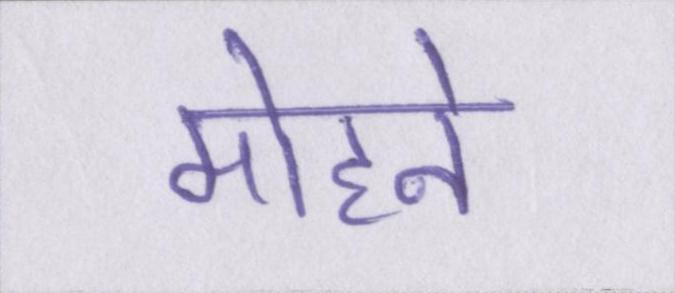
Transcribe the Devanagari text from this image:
मोहने